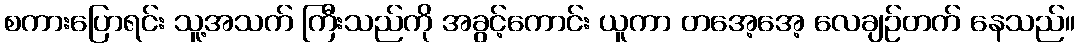
စကားပြောရင်း သူ့အသက် ကြီးသည်ကို အခွင့်ကောင်း ယူကာ တအေ့အေ့ လေချဉ်တက် နေသည်။